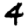
Digit: 4